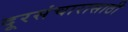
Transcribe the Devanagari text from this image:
दूरसंचारासाठी